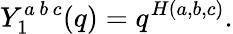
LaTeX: Y_{1}^{a\, b\, c}(q)=q^{H(a,b,c)}.